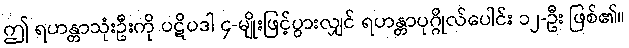
ဤ ရဟန္တာသုံးဦးကို ပဋိပဒါ ၄-မျိုးဖြင့်ပွားလျှင် ရဟန္တာပုဂ္ဂိုလ်ပေါင်း ၁၂-ဦး ဖြစ်၏။